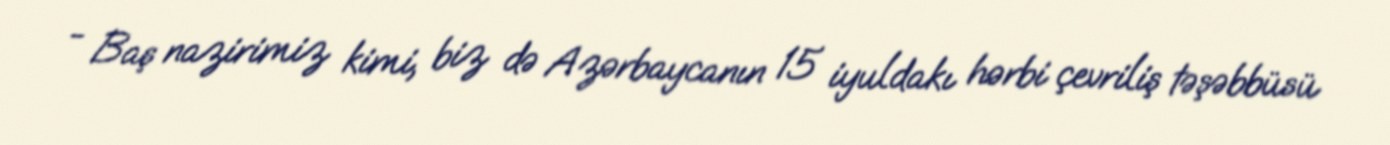
- Baş nazirimiz kimi, biz də Azərbaycanın 15 iyuldakı hərbi çevriliş təşəbbüsü